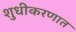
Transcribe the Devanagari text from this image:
शुधीकरणात